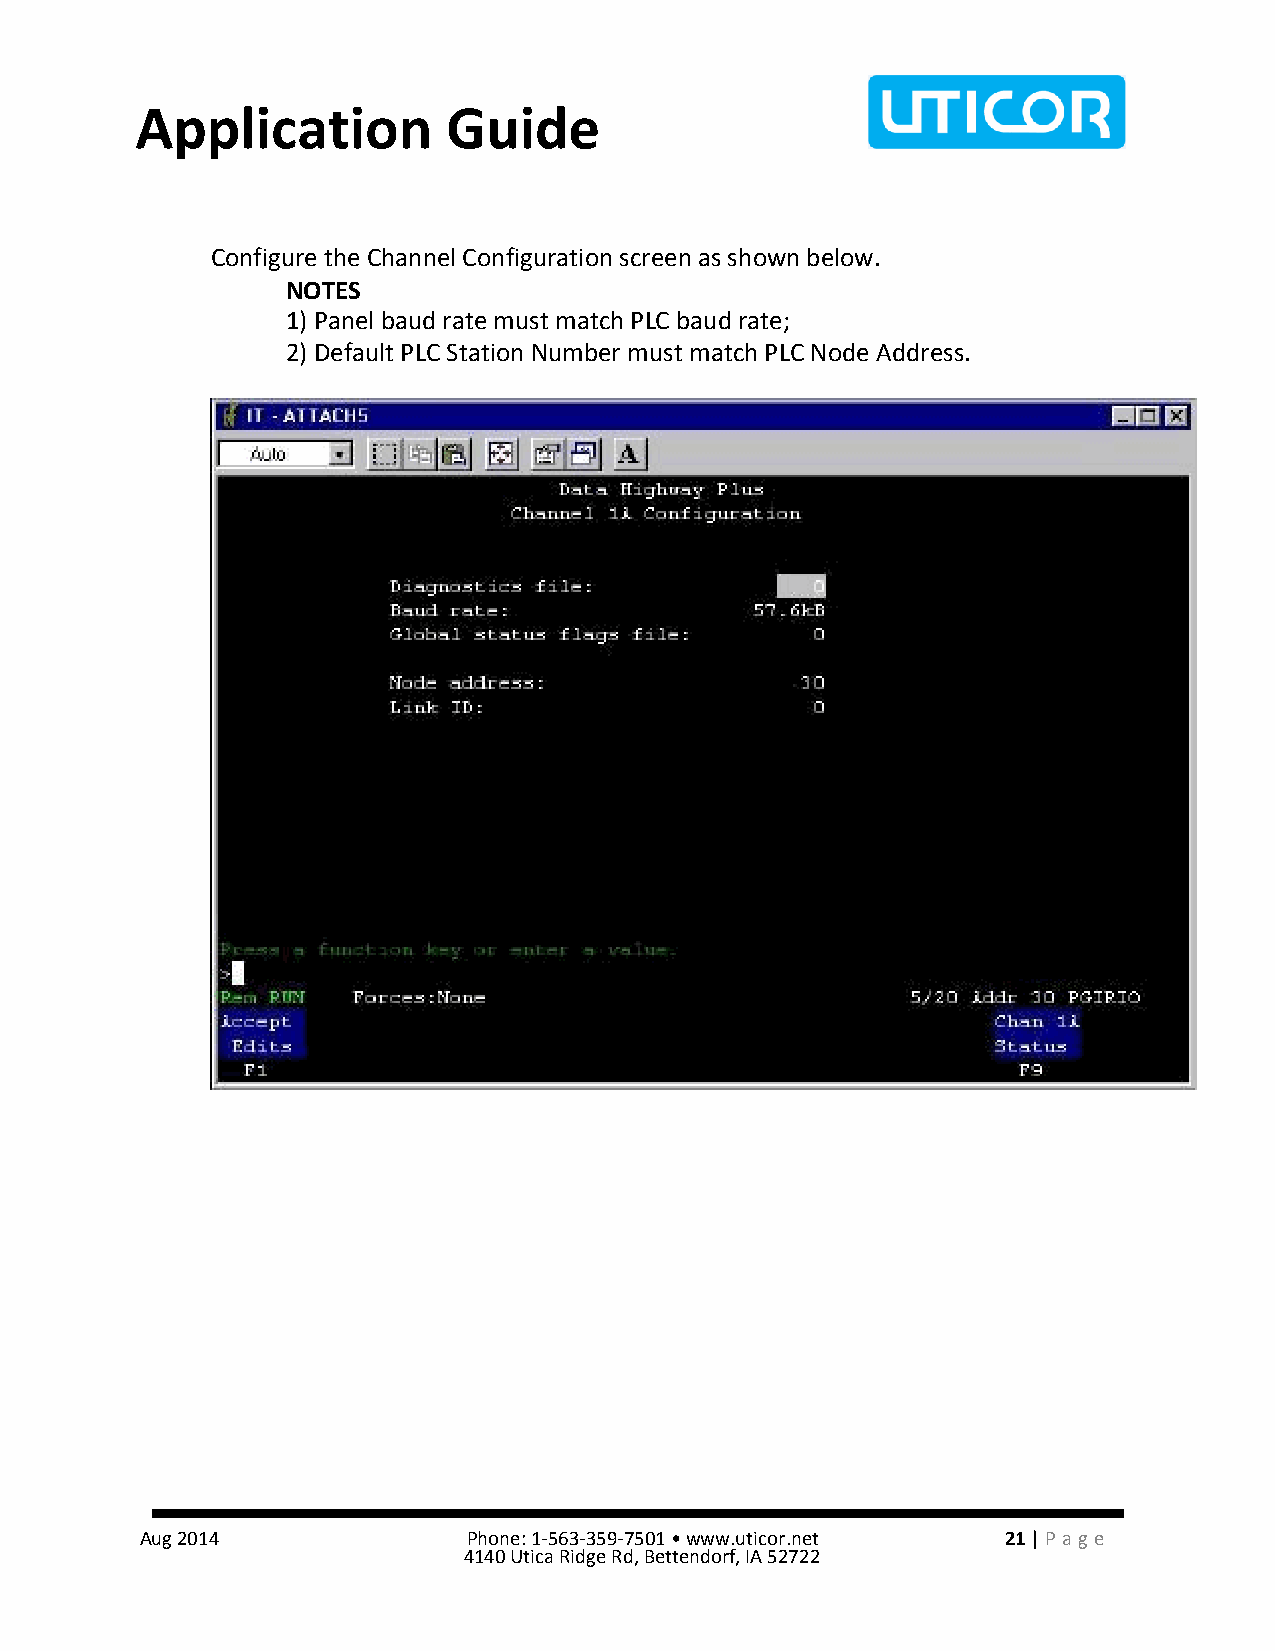
Application          Guide
 Configure the Channel Configuration screen as shown below.
 NOTES
 1) Panel baud rate must match PLC baud rate;
 2) Default PLC Station Number must match PLC Node Address.
 Aug 2014              Phone: 1-563-359-7501 • www.uticor.net 21 | Pa ge
 4140 Utica Ridge Rd, Bettendorf, IA 52722